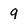
Character: 9